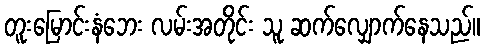
တူးမြောင်းနံဘေး လမ်းအတိုင်း သူ ဆက်လျှောက်နေသည်။